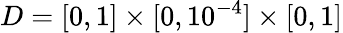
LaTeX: D=[0,1]\times[0,10^{-4}]\times[0,1]